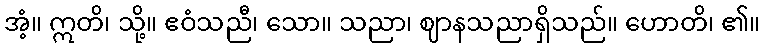
အံ့။ ဣတိ၊ သို့။ ဧဝံသညီ၊ သော။ သညာ၊ ဈာနသညာရှိသည်။ ဟောတိ၊ ၏။